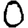
Digit: 0